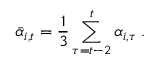
\bar { \alpha } _ { i , t } = \frac { 1 } { 3 } \sum _ { \tau = t - 2 } ^ { t } \alpha _ { i , \tau } \; .